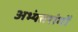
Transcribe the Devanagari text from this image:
अभ्यंतरांगों